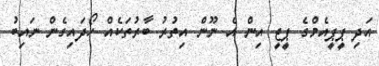
އަދި ޕީޕީއެމްގެ ޕީޖީ އިން އެ ނޫން އިތުރު ބާރުތަކެއް ހޯދައިގެން ނައިބު